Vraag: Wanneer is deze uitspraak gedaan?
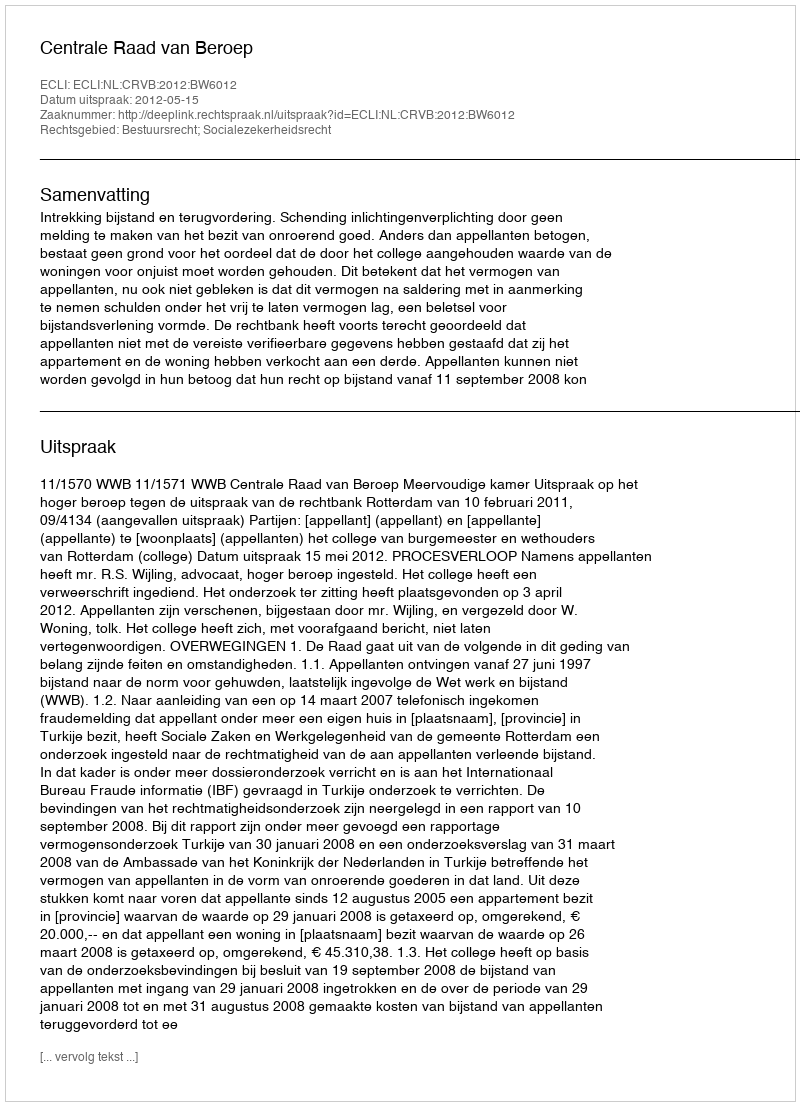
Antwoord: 2012-05-15